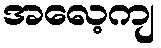
အလေ့ကျ